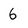
Character: 6